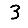
Digit: 3